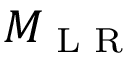
M _ { \textrm { L R } }